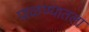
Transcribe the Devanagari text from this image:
पाळण्यातला